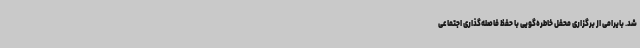
شد. بایرامی از برگزاری محفل خاطره‌گویی با حفظ فاصله‌گذاری اجتماعی